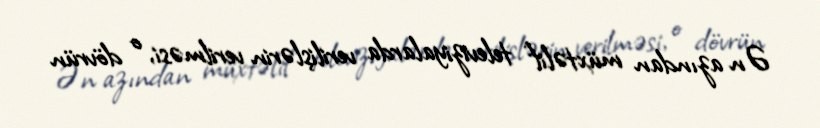
Ən azından müxtəlif televiziyalarda verilişlərin verilməsi, o dövrün